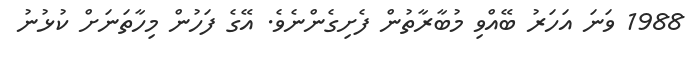
1988 ވަނަ އަހަރު ބޭއްވި މުބާރާތުން ފެށިގެންނެވެ. އޭގެ ފަހުން މިހާތަނަށް ކުޅުނު